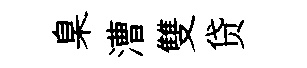
臬漕雙贷